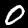
Label: 0